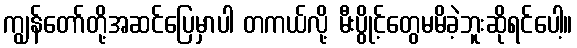
ကျွန်တော်တို့အဆင်ပြေမှာပါ တကယ်လို့ မီးပွိုင့်တွေမမိခဲ့ဘူးဆိုရင်ပေါ့။